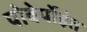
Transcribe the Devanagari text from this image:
पोवेर्पोइंत